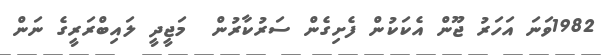
1982ވަނަ އަހަރު ޖޫން އެކަކުން ފެށިގެން ސަރުކާރުން  މަޖީދީ ލައިބްރަރީގެ ނަން